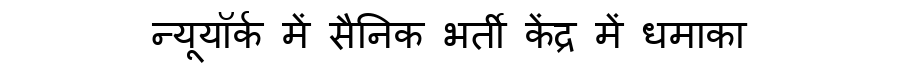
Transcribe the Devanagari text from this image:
न्यूयॉर्क में सैनिक भर्ती केंद्र में धमाका